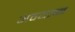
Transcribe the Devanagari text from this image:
अवयतन